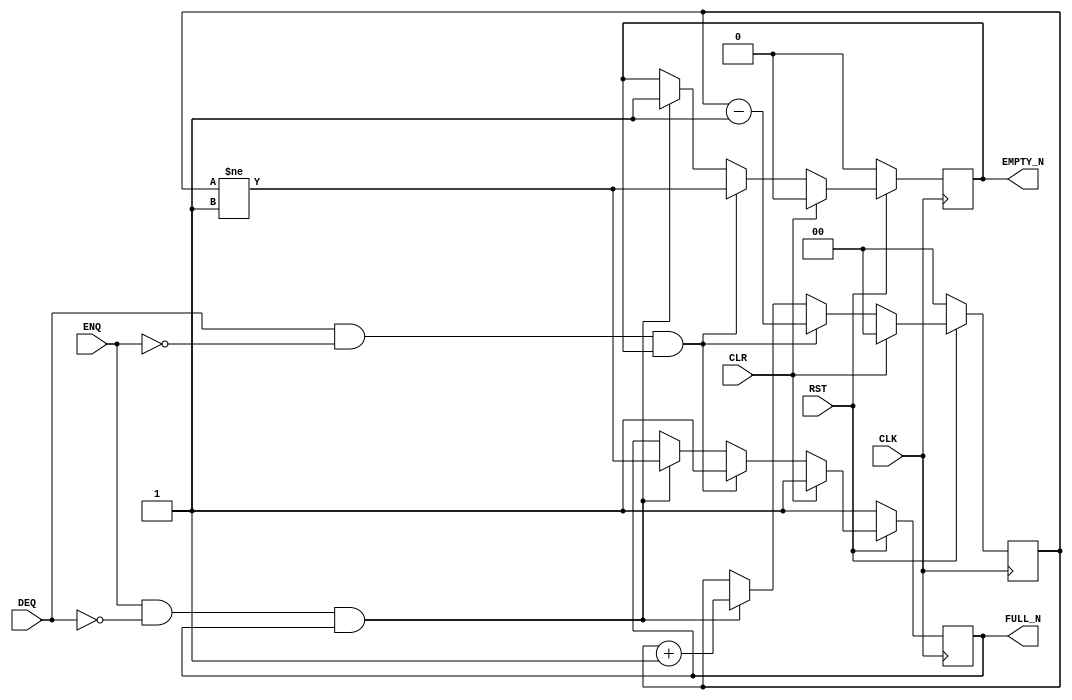

// Copyright (c) 2000-2012 Bluespec, Inc.

// Permission is hereby granted, free of charge, to any person obtaining a copy
// of this software and associated documentation files (the "Software"), to deal
// in the Software without restriction, including without limitation the rights
// to use, copy, modify, merge, publish, distribute, sublicense, and/or sell
// copies of the Software, and to permit persons to whom the Software is
// furnished to do so, subject to the following conditions:

// The above copyright notice and this permission notice shall be included in
// all copies or substantial portions of the Software.

// THE SOFTWARE IS PROVIDED "AS IS", WITHOUT WARRANTY OF ANY KIND, EXPRESS OR
// IMPLIED, INCLUDING BUT NOT LIMITED TO THE WARRANTIES OF MERCHANTABILITY,
// FITNESS FOR A PARTICULAR PURPOSE AND NONINFRINGEMENT. IN NO EVENT SHALL THE
// AUTHORS OR COPYRIGHT HOLDERS BE LIABLE FOR ANY CLAIM, DAMAGES OR OTHER
// LIABILITY, WHETHER IN AN ACTION OF CONTRACT, TORT OR OTHERWISE, ARISING FROM,
// OUT OF OR IN CONNECTION WITH THE SOFTWARE OR THE USE OR OTHER DEALINGS IN
// THE SOFTWARE.
//
// $Revision$
// $Date$

`ifdef BSV_ASSIGNMENT_DELAY
`else
  `define BSV_ASSIGNMENT_DELAY
`endif

`ifdef BSV_POSITIVE_RESET
  `define BSV_RESET_VALUE 1'b1
  `define BSV_RESET_EDGE posedge
`else
  `define BSV_RESET_VALUE 1'b0
  `define BSV_RESET_EDGE negedge
`endif

`ifdef BSV_ASYNC_RESET
 `define BSV_ARESET_EDGE_META or `BSV_RESET_EDGE RST
`else
 `define BSV_ARESET_EDGE_META
`endif


// Depth N FIFO (N > 1)
module SizedFIFO0(CLK, RST, ENQ, FULL_N, DEQ, EMPTY_N, CLR);
   parameter p1depth = 2;
   parameter p2cntr_width = 2; // log2(p1depth+1)
   parameter guarded = 1;

   localparam truedepth = (p1depth >= 2) ? p1depth : 2;

   input     CLK;
   input     RST;
   input     CLR;
   input     ENQ;
   input     DEQ;
   output    FULL_N;
   output    EMPTY_N;

   reg       not_full;
   reg       not_empty;
   reg [p2cntr_width-1 : 0] count;

   assign                 EMPTY_N = not_empty;
   assign                 FULL_N = not_full;

`ifdef BSV_NO_INITIAL_BLOCKS
`else // not BSV_NO_INITIAL_BLOCKS
   // synopsys translate_off
   initial
     begin
        count      = 0 ;
        not_empty  = 1'b0;
        not_full   = 1'b1;
     end // initial begin
   // synopsys translate_on
`endif // BSV_NO_INITIAL_BLOCKS


   always @(posedge CLK `BSV_ARESET_EDGE_META)
     begin
        if (RST == `BSV_RESET_VALUE)
          begin
             count <= `BSV_ASSIGNMENT_DELAY 0 ;
             not_empty <= `BSV_ASSIGNMENT_DELAY 1'b0;
             not_full <= `BSV_ASSIGNMENT_DELAY 1'b1;
          end // if (RST == `BSV_RESET_VALUE)
        else
           begin
              if (CLR)
                begin
                   count <= `BSV_ASSIGNMENT_DELAY 0 ;
                   not_empty <= `BSV_ASSIGNMENT_DELAY 1'b0;
                   not_full <= `BSV_ASSIGNMENT_DELAY 1'b1;
                end // if (CLR)
              else begin
                 if (DEQ && ! ENQ && not_empty )
                   begin
                      not_full <= `BSV_ASSIGNMENT_DELAY 1'b1;
                      not_empty <= `BSV_ASSIGNMENT_DELAY  count != 'b01  ;
                      count <= `BSV_ASSIGNMENT_DELAY count - 1'b1 ;
                   end // if (DEQ && ! ENQ && not_empty )
                 else if (ENQ && ! DEQ && not_full )
                   begin
                      not_empty <= `BSV_ASSIGNMENT_DELAY 1'b1;
                      not_full <= `BSV_ASSIGNMENT_DELAY count != (truedepth - 1) ;
                      count <= `BSV_ASSIGNMENT_DELAY count + 1'b1 ;
                   end // if (ENQ && ! DEQ && not_full )
              end // else: !if(CLR)
           end // else: !if(RST == `BSV_RESET_VALUE)
     end // always @ (posedge CLK or `BSV_RESET_EDGE RST)

      // synopsys translate_off
   always@(posedge CLK)
     begin: error_checks
        reg deqerror, enqerror ;

        deqerror =  0;
        enqerror = 0;
        if (RST == ! `BSV_RESET_VALUE)
           begin
              if ( ! EMPTY_N && DEQ )
                begin
                   deqerror = 1 ;
                   $display( "Warning: SizedFIFO0: %m -- Dequeuing from empty fifo" ) ;
                end
              if ( ! FULL_N && ENQ && (!DEQ || guarded) )
                begin
                   enqerror =  1 ;
                   $display( "Warning: SizedFIFO0: %m -- Enqueuing to a full fifo" ) ;
                end
           end // if (RST == ! `BSV_RESET_VALUE)
     end // block: error_checks
   // synopsys translate_on

endmodule // SizedFIFO0